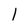
Character: l